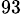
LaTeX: ^{93}